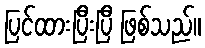
ပြင်ထားပြီးပြီ ဖြစ်သည်။